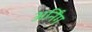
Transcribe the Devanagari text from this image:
अर्निंग